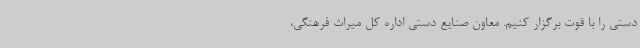
دستی را با قوت برگزار کنیم. معاون صنایع دستی اداره کل میراث فرهنگی،